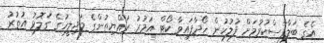
އެގެ ބަލާފާސްކުރުމަށް ފުލުހުން ހޯދާފައިވާ ކޯޓް އަމުރު ރައްޔިތުންގެ މަޖިލީހުގެ ގަލޮޅު އުުތުރު